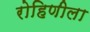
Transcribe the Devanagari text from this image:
रोहिणीला